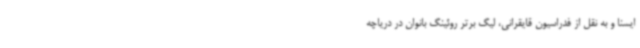
ایسنا و به نقل از فدراسیون قایقرانی، لیگ برتر روئینگ بانوان در دریاچه